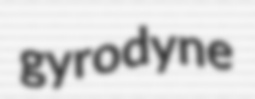
gyrodyne